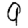
Digit: 9